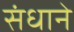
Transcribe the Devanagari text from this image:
संधाने